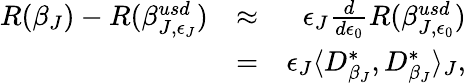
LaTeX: \begin{array}{rlr}{R(\beta_{J})-R(\beta_{J,\epsilon_{J}}^{usd})}&{\approx}&{\epsilon_{J}\frac{d}{d\epsilon_{0}}R(\beta_{J,\epsilon_{0}}^{usd})}\\ &{=}&{\epsilon_{J}\langle D_{\beta_{J}}^{*},D_{\beta_{J}}^{*}\rangle_{J},}\end{array}